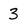
Character: 3